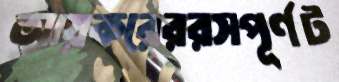
আয়করেররসপূর্ণট